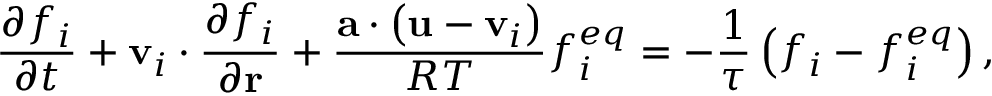
\frac { { \partial { f _ { i } } } } { { \partial t } } + { { \bf { v } } _ { i } } \cdot \frac { { \partial { f _ { i } } } } { { \partial { \bf { r } } } } + \frac { { { \bf { a } } \cdot \left( { { \bf { u } } - { { \bf { v } } _ { i } } } \right) } } { { R T } } f _ { i } ^ { e q } = - \frac { 1 } { \tau } \left( { { f _ { i } } - f _ { i } ^ { e q } } \right) ,